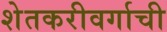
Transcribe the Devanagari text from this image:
शेतकरीवर्गाची